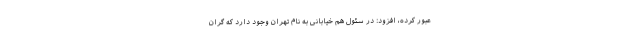
عبور کرده، افزود: در سئول هم خیابانی به نام تهران وجود دارد که گران